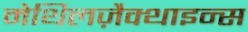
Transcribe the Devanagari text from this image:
मेथिलज़ैक्थाइन्स